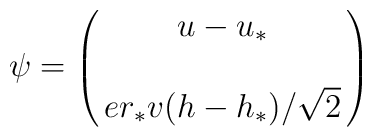
\psi = \left(\matrix{ u-u_* \cr \cr er_*v(h-h_*)/\sqrt{2} } \right)